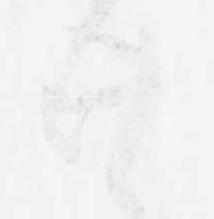
廿